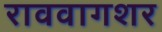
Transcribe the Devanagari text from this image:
राववागशर